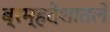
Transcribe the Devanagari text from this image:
ब्रम्हदेशातले